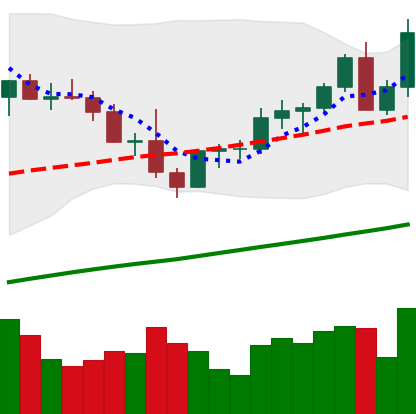
Ticker: LTC-USD
Chart end date: 2021-04-05
Forward return: 15.629%
Label: up_7plus